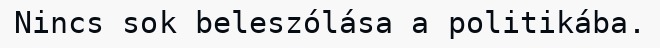
Nincs sok beleszólása a politikába.